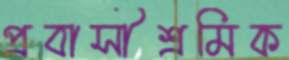
প্রবাসীশ্রমিক